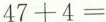
$$4 7 + 4 =$$